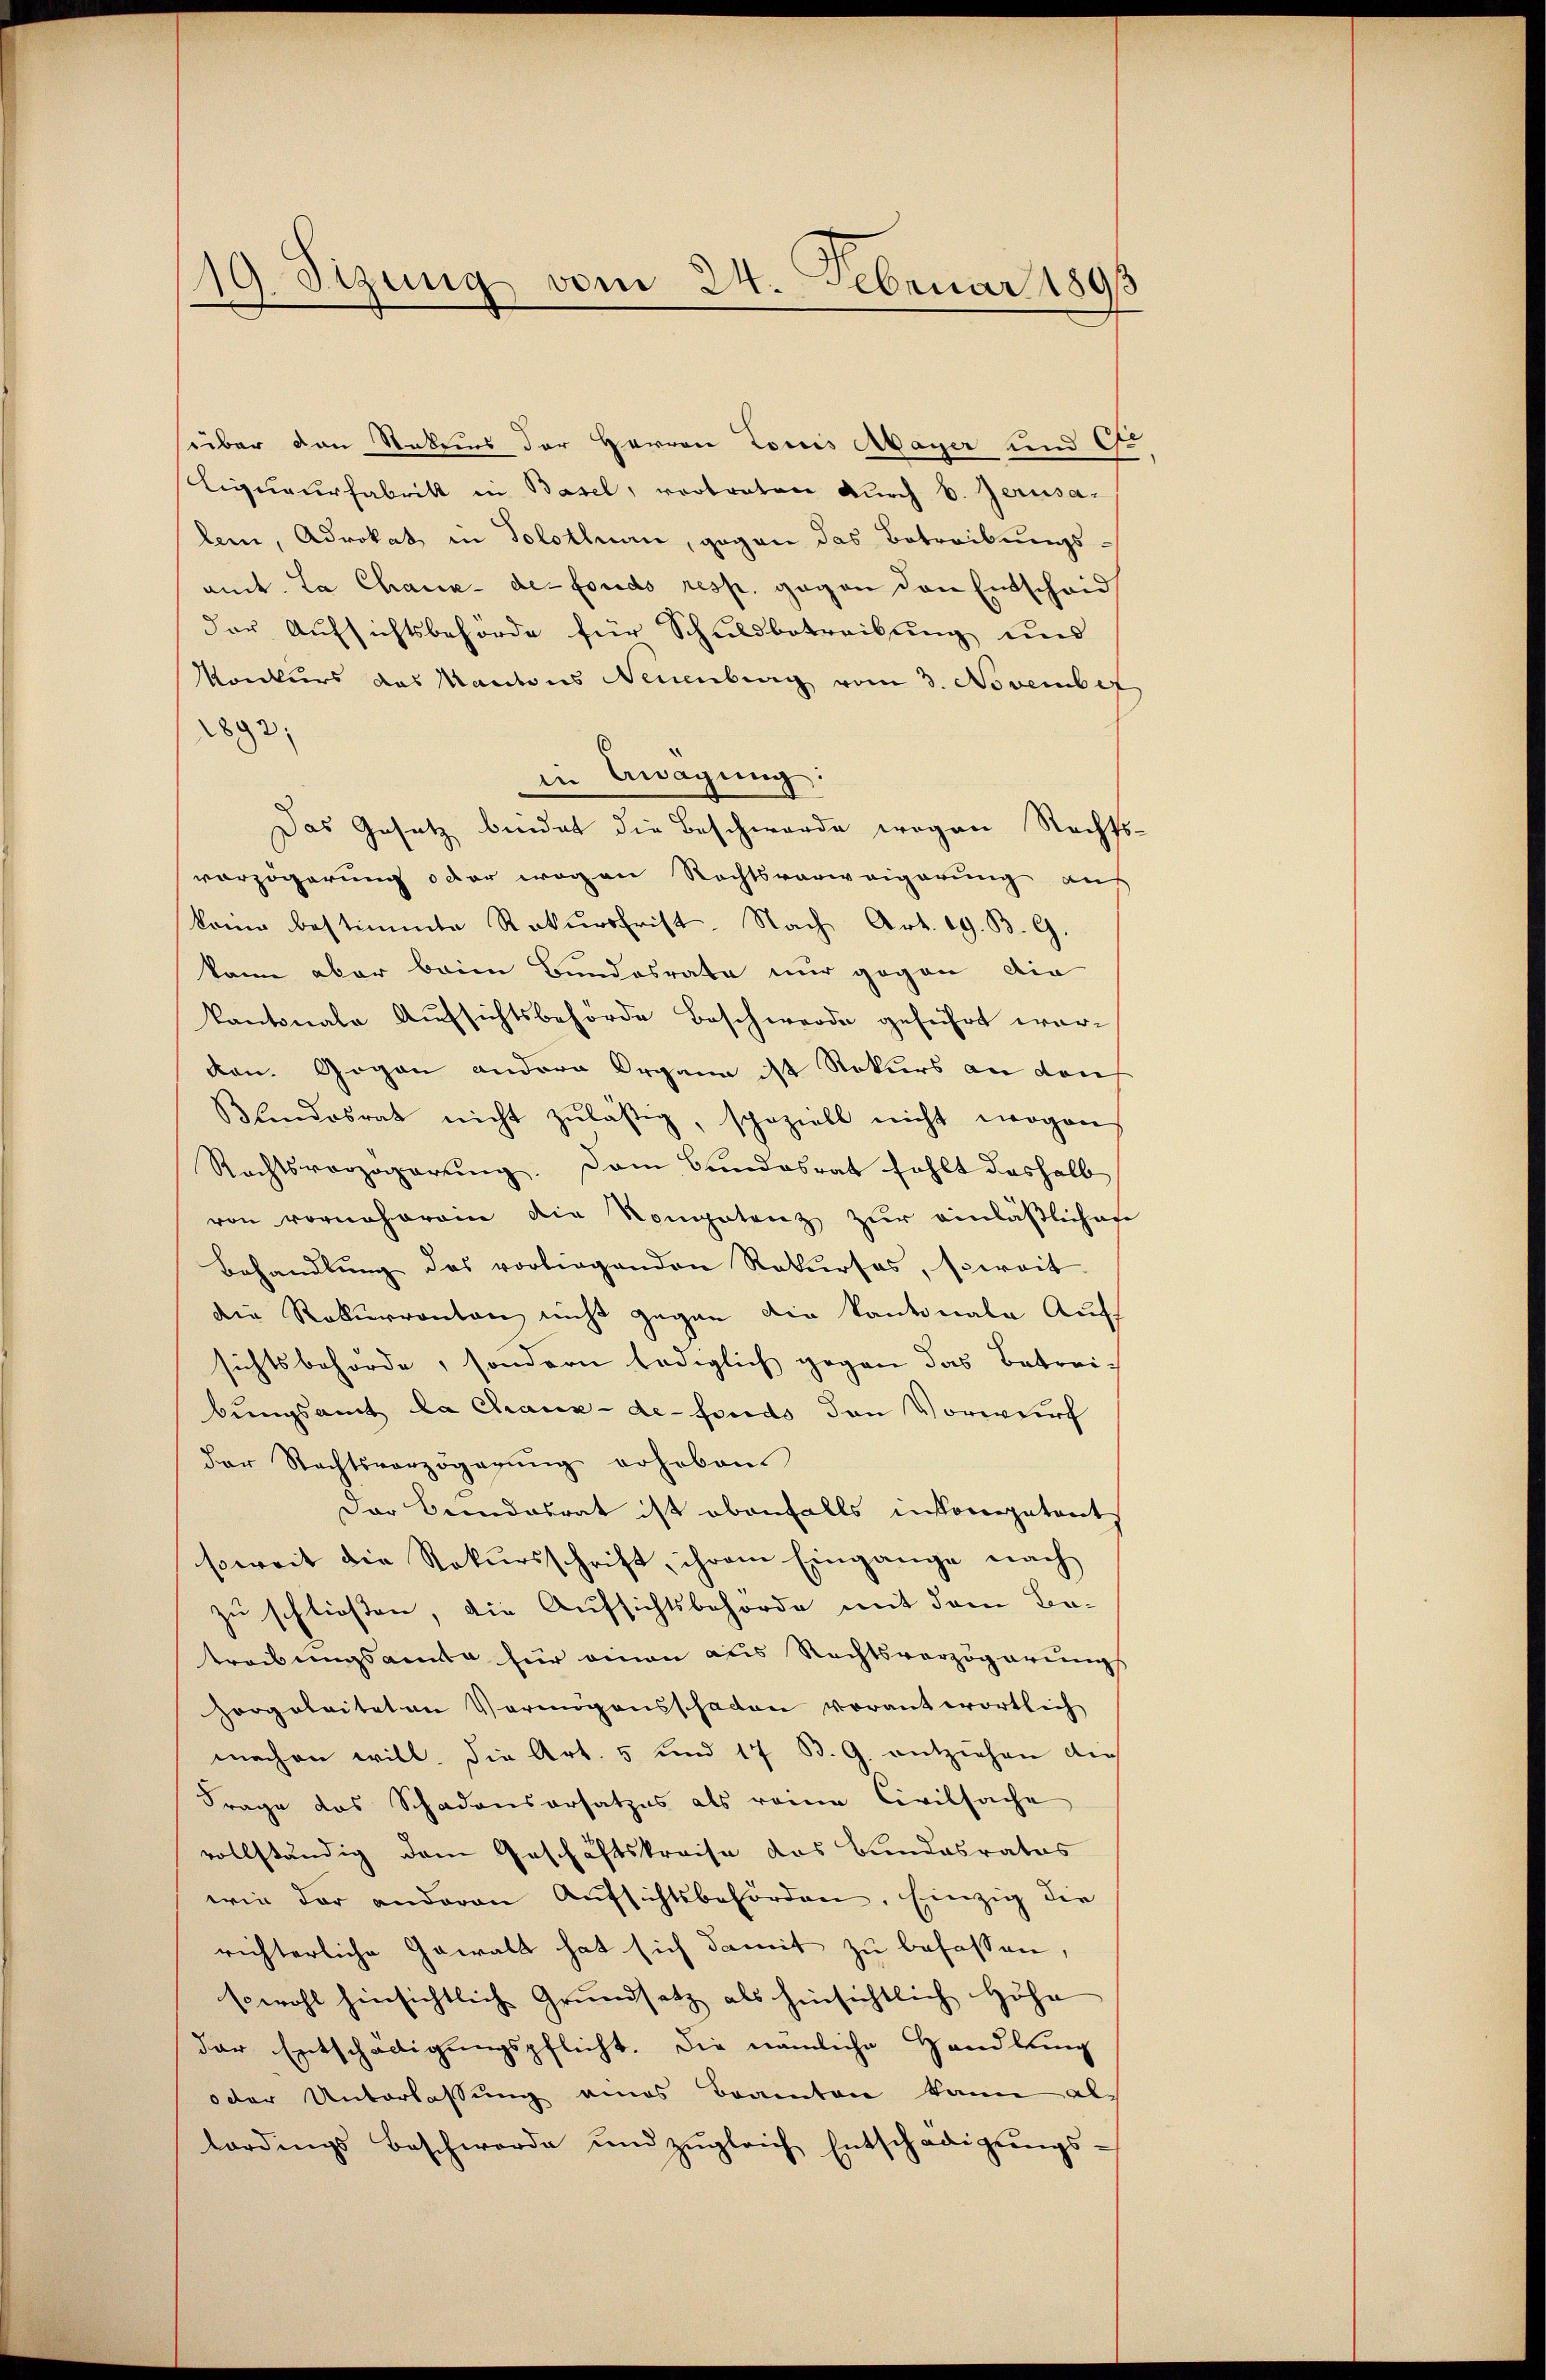
19 Stzung vom 24. Februar 1893

über den Status der Herren Louis Mayer und G
Liqueurfabritt in Basel, vortreten durch v. Jerusaleen, Advokat in Solothurn, gegen das Betreibungs-
amt. La Chaux-de-Fonds resp. gegen den Entscheid
der Aufsichtsbehörde für Schuldbetreibung und
Konkurs das Mantons Neuenburg vom 3. November
1893
in Kragŭng:
Das Gesetz beidet die Beschwerde wegen Rechts-
vorzögerung oder wegen Rechtsverweigerung aus
kon bestimmte Rekŭrsfrist. Nach Art. 19. B. G.
kann aber beim Bundesrate nur gegen die
kantonale Aufsichtsbehörde Beschwerde geführt worvon. Gegen andere Organe ist Rekurs an den
Blindesrat nicht zulässig, speziell nicht wogen
Rechtsverzögerung. Dem Bundesrat fehlt deshalb
von vorneherein die Kompetenz zur einläßlichen
Behandlŭng des vorliegenden Rekurses, soweit
die Rekurrenten nicht gegen die Kantonale Auff
sichtsbehörde, sondern lediglich gegen das Betreibungsamt da Chaux-de-Fonds den Vorwurf
der Rechtsverzögerŭng erheben
Der Beendesrat ist obenfalls inkompetents
soweit die Rekursschrift, ihrem Eingange nach
zu schließen, die Aufsichtsbehörde mit dem Betreibungsamte für einen aus Rechtsverzögerungs
Horgeleiteten Vermögensschaden vorantwortlich
machen will. Die Art. 5 und 17 B. G. entziehen dies
Frage das Schadensersatzes als reine Civilsache
vollständig dem Geschäftskreise das Bundesrates
wie der anderen Aŭfsichtsbehörden, Einzig die
richterliche Gewalt hat sich damit zu befassen.
sowohl hinsichtliche Grundsatz als hinsichtlich Höhe
der Entschädigungspflicht. Die nämliche Handlung
oder Unterlassung eines Beamten kann allardings beschwerde und zŭgleich Entschädigŭngs-